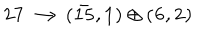
LaTeX: \bf 2 7 \longrightarrow ( { \bar { 1 5 } } , 1 ) \oplus ( 6 , 2 ) \,